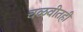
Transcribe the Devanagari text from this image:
चळवीतही